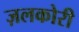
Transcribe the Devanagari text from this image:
ज़लकोरी